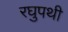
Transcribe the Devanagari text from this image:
रघुपथी